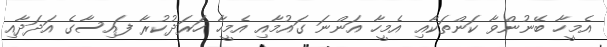
އެމީހާ ބޭނުންވާ ކަންތަކާއި އެމީހާ އަންނަ ގައުމާއި އެމީހާ ހަރަދުކުރާ ފައިސާގެ އަދަދާއި